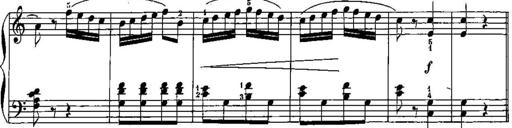
Title: Trois sonatines
Composer: Maurice Emmanuel